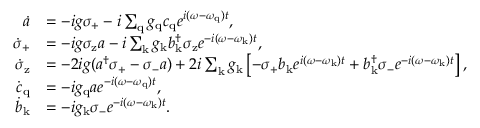
\begin{array} { r l } { \dot { a } } & { = - i g \sigma _ { \mathrm { + } } - i \sum _ { \mathrm { q } } g _ { \mathrm { q } } c _ { \mathrm { q } } e ^ { i ( \omega - \omega _ { \mathrm { q } } ) t } , } \\ { \dot { \sigma } _ { \mathrm { + } } } & { = - i g \sigma _ { \mathrm { z } } a - i \sum _ { \mathrm { k } } g _ { \mathrm { k } } b _ { \mathrm { k } } ^ { \dagger } \sigma _ { \mathrm { z } } e ^ { - i ( \omega - \omega _ { \mathrm { k } } ) t } , } \\ { \dot { \sigma } _ { \mathrm { z } } } & { = - 2 i g ( a ^ { \dagger } \sigma _ { \mathrm { + } } - \sigma _ { \mathrm { - } } a ) + 2 i \sum _ { \mathrm { k } } g _ { \mathrm { k } } \left[ - \sigma _ { \mathrm { + } } b _ { \mathrm { k } } e ^ { i ( \omega - \omega _ { \mathrm { k } } ) t } + b _ { \mathrm { k } } ^ { \dagger } \sigma _ { \mathrm { - } } e ^ { - i ( \omega - \omega _ { \mathrm { k } } ) t } \right] , } \\ { \dot { c } _ { \mathrm { q } } } & { = - i g _ { \mathrm { q } } a e ^ { - i ( \omega - \omega _ { \mathrm { q } } ) t } , } \\ { \dot { b } _ { \mathrm { k } } } & { = - i g _ { \mathrm { k } } \sigma _ { \mathrm { - } } e ^ { - i ( \omega - \omega _ { \mathrm { k } } ) t } . } \end{array}